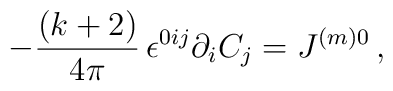
-\frac{(k+2)}{4\pi}\,\epsilon^{0ij}\partial_iC_j=J^{(m)0}\, ,